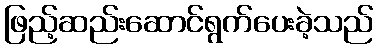
ဖြည့်ဆည်းဆောင်ရွက်ပေးခဲ့သည်